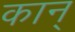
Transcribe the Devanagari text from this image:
कान्‌